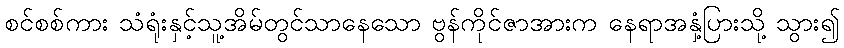
စင်စစ်ကား သံရုံးနှင့်သူ့အိမ်တွင်သာနေသော ဗွန်ကိုင်ဇာအားက နေရာအနှံ့ပြားသို့ သွား၍